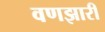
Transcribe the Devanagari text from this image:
वणझारी